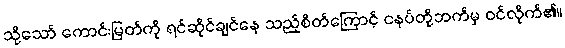
သို့သော် ကောင်းမြတ်ကို ရင်ဆိုင်ချင်နေ သည့်စိတ်ကြောင့် ငနပ်တို့ဘက်မှ ဝင်လိုက်၏။